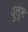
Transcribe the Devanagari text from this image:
पुलुस